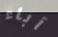
آباء